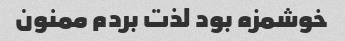
خوشمزه بود لذت بردم ممنون